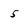
Character: 5